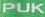
PUK